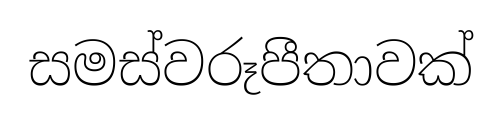
සමස්වරූපීතාවක්